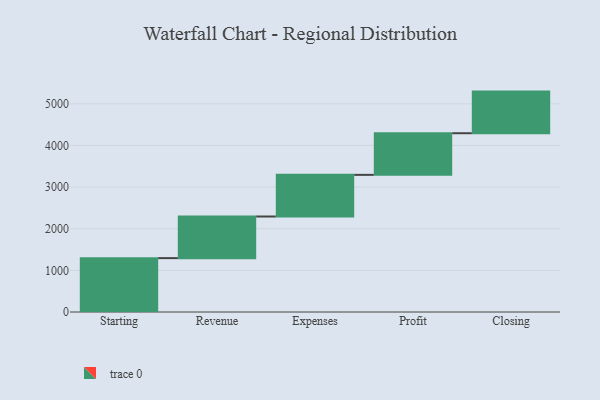
{"axis": {"x": "Step", "y": "Value"}, "legend": [""], "data": [{"x": "Starting", "y": 1294.0, "type": ""}, {"x": "Revenue", "y": 1000, "type": ""}, {"x": "Expenses", "y": 1000, "type": ""}, {"x": "Profit", "y": 1000, "type": ""}, {"x": "Closing", "y": 1000, "type": ""}]}